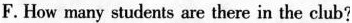
F. How many students are there in the club?